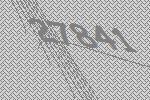
27841